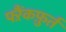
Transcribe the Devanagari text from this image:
फ्ऱैंकफ़ुर्त